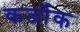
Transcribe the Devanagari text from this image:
कर्जोक